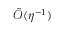
\tilde { \mathcal { O } } ( \eta ^ { - 1 } )